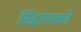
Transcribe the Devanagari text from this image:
सिद्धांताकडे